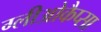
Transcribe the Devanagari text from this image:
ग्लीओकैप्सा